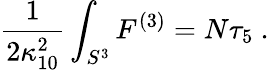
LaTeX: \frac 1{2\kappa_{10}^{2}}\int_{S^{3}}F^{(3)}=N\tau_{5}~.